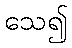
သေ၍